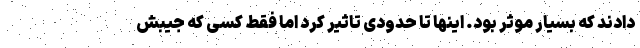
دادند که بسیار موثر بود. اینها تا حدودی تاثیر کرد اما فقط کسی که جیبش